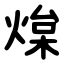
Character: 㷘